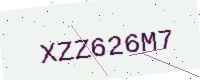
Text: XZZ626M7